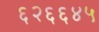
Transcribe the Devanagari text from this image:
६२६६४५